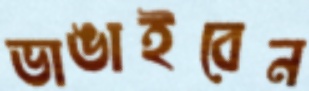
ভাঙাইবেন